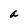
Character: a